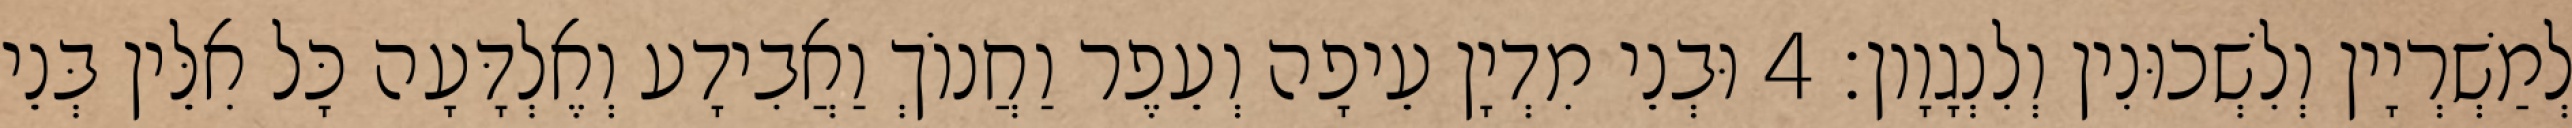
לְמַשְׁרְיָין וְלִשְׁכוּנִין וְלִנְגָוָון׃ 4 וּבְנֵי מִדְיָן עֵיפָה וְעֵפֶר וַחֲנוֹךְ וַאֲבִידָע וְאֶלְדָּעָה כָּל אִלֵּין בְּנֵי